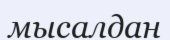
мысалдан